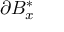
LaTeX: \partial B _ { x } ^ { * }